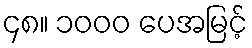
၄၈။ ၁၀၀၀ ပေအမြင့်